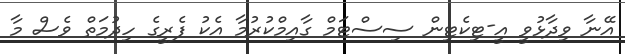
އޭނާ ވިދާޅުވީ އީ-ޓިކެޓިން ސިސްޓަމް ގާއިމްކުރުމާ އެކު ފެރީގެ ހިދުމަތް ވެސް މާ